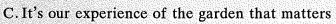
C.It's our experience of the garden that matters